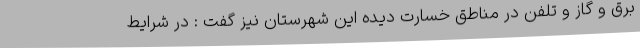
برق و گاز و تلفن در مناطق خسارت دیده این شهرستان نیز گفت : در شرایط